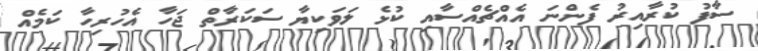
ސާފު ކުރާއިރު ފެންނަ އެއްޗެއްސާއި ކުޅެ ލަވަކިޔާ ސަކަރާތް ޖަހާ އެހުރިހާ ކަމެއް